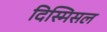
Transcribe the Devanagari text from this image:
दिस्मिसल